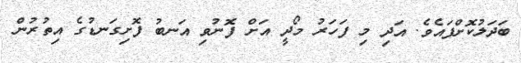
ބަދަލުކޮށްފައެވެ. އަދި މި ފަހަރު މޯދީ އަށް ފޮނުވި އަނބު ފޮށިގަނޑުގެ އިތުރުން